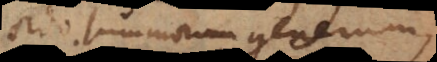
ordo summorum generum,